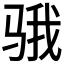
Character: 𱅗